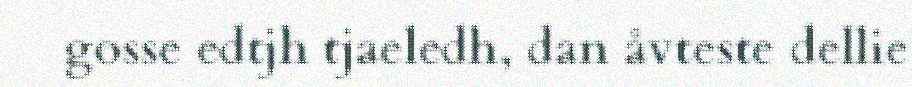
gosse edtjh tjaeledh, dan åvteste dellie